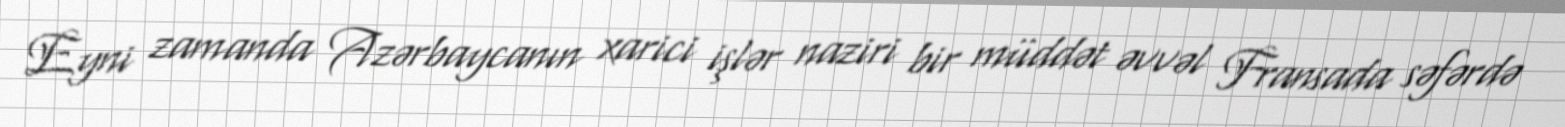
Eyni zamanda Azərbaycanın xarici işlər naziri bir müddət əvvəl Fransada səfərdə